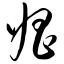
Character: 娼